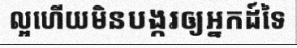
ល្អហើយមិនបង្ករឲ្យអ្នកដ៍ទៃ